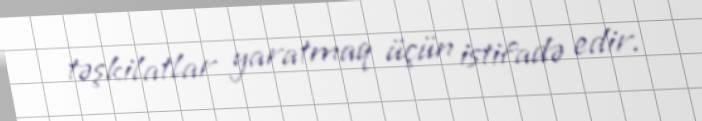
təşkilatlar yaratmaq üçün istifadə edir.